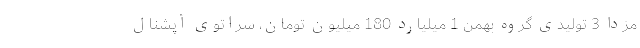
مزدا 3 تولیدی گروه بهمن 1 میلیارد 180 میلیون تومان، سراتوی آپشنال